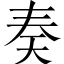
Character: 奏